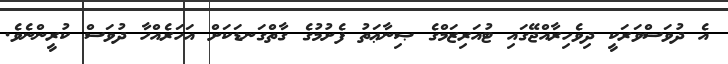
އެ ދުވަސްވަރަކީ ދިވެހިރާއްޖޭގައި ޓުއަރިޒަމްގެ ޞިނާޢަތު ފެށުމުގެ ގާތްގަނޑަކަށް އަހަރެއްހާ ދުވަސް ކުރީންނެވެ.